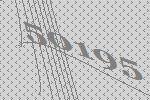
50195